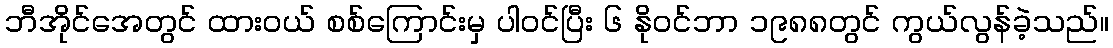
ဘီအိုင်အေတွင် ထားဝယ် စစ်ကြောင်းမှ ပါဝင်ပြီး ၆ နိုဝင်ဘာ ၁၉၈၈တွင် ကွယ်လွန်ခဲ့သည်။